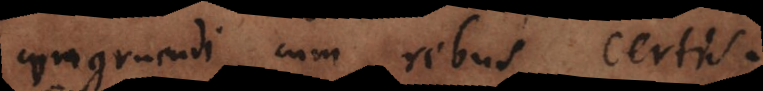
congruendi cum rebus certis.